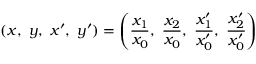
( x , \ y , \ x ^ { \prime } , \ y ^ { \prime } ) = \left( { \frac { x _ { 1 } } { x _ { 0 } } } , \ { \frac { x _ { 2 } } { x _ { 0 } } } , \ { \frac { x _ { 1 } ^ { \prime } } { x _ { 0 } ^ { \prime } } } , \ { \frac { x _ { 2 } ^ { \prime } } { x _ { 0 } ^ { \prime } } } \right)